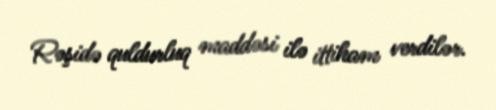
Rəşidə quldurluq maddəsi ilə ittiham verdilər.